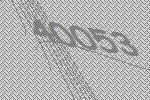
40053